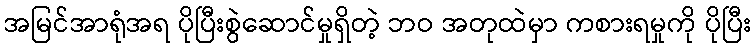
အမြင်အာရုံအရ ပိုပြီးစွဲဆောင်မှုရှိတဲ့ ဘဝ အတုထဲမှာ ကစားရမှုကို ပိုပြီး